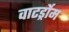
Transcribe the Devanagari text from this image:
वाटर्ड्रोम